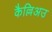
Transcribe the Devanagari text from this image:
कैल्लिअउ